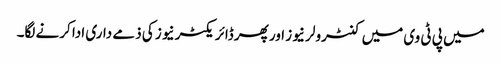
میں پی ٹی وی میں کنٹرولر نیوز اور پھر ڈائریکٹر نیوز کی ذمے داری ادا کرنے لگا۔